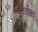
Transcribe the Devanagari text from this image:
पदवीका